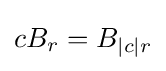
{\textstyle cB_{r}=B_{|c|r}}